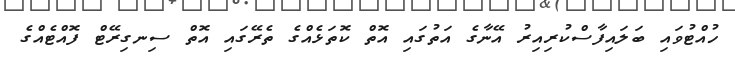
ހުއްޓުވައި ބަލައިފާސްކުރިއިރު އޭނާގެ އަތުގައި އޮތް ކޮތަޅެއްގެ ތެރޭގައި އޮތް ސިނގިރޭޓް ފޮއްޓެއްގެ